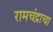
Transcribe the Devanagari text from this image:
रामचंद्राचा